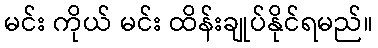
မင်း ကိုယ် မင်း ထိန်းချုပ်နိုင်ရမည်။